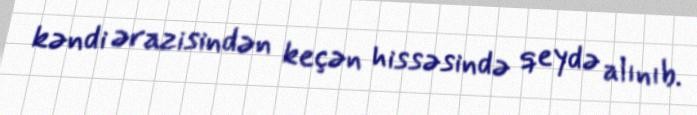
kəndi ərazisindən keçən hissəsində qeydə alınıb.